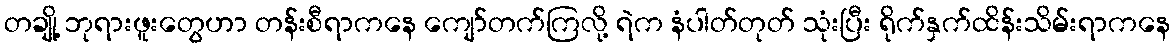
တချို့ ဘုရားဖူးတွေဟာ တန်းစီရာကနေ ကျော်တက်ကြလို့ ရဲက နံပါတ်တုတ် သုံးပြီး ရိုက်နှက်ထိန်းသိမ်းရာကနေ